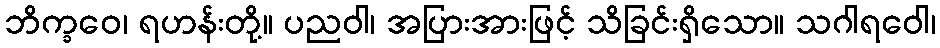
ဘိက္ခဝေ၊ ရဟန်းတို့။ ပညဝါ၊ အပြားအားဖြင့် သိခြင်းရှိသော။ သဂါရဝေါ၊